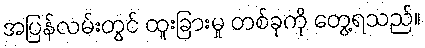
အပြန်လမ်းတွင် ထူးခြားမှု တစ်ခုကို တွေ့ရသည်။